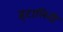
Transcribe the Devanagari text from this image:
इटालिनी